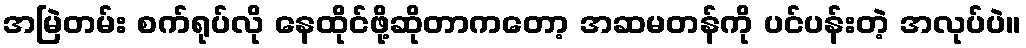
အမြဲတမ်း စက်ရုပ်လို နေထိုင်ဖို့ဆိုတာကတော့ အဆမတန်ကို ပင်ပန်းတဲ့ အလုပ်ပဲ။